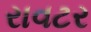
રાવટર